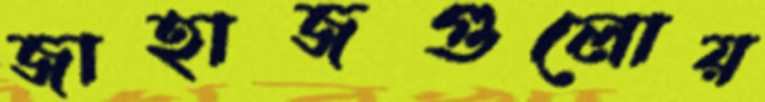
জাহাজগুলোয়